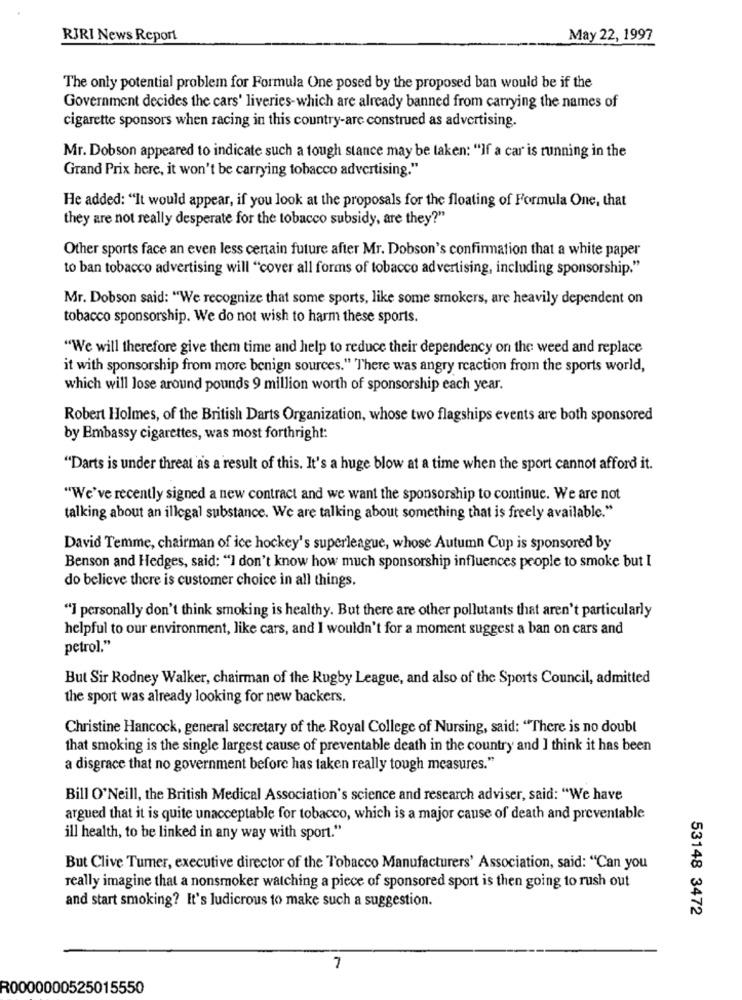
RIRI News Report
May 22, 1997
The only potential problem for Formula One posed by the proposed ban would be if the
Government decides the cars' liveries-which are already banned from carrying the names of
cigarette sponsors when racing in this country-are construed as advertising.
Mr. Dobson appeared to indicate such a tough stance may be taken: "If a car is running in the
Grand Prix here, it won't be carrying tobacco advertising."
He added: "It would appear, if you look at the proposals for the floating of Formula One, that
they are not really desperate for the tobacco subsidy, are they?"
Other sports face an even less certain future after Mr. Dobson's confirmation that a white paper
to ban tobacco advertising will "cover all forms of tobacco advertising, including sponsorship."
Mr. Dobson said: "We recognize that some sports, like some smokers, are heavily dependent on
tobacco sponsorship. We do not wish to harm these sports.
"We will therefore give them time and help to reduce their dependency on the weed and replace
it with sponsorship from more benign sources." There was angry reaction from the sports world,
which will lose around pounds 9 million worth of sponsorship each year.
Robert Holmes, of the British Darts Organization, whose two flagships events are both sponsored
by Embassy cigarettes, was most forthright:
"Darts is under threat as a result of this. It's a huge blow at a time when the sport cannot afford it.
"We've recently signed a new contract and we want the sponsorship to continue. We are not
talking about an illegal substance. We are talking about something that is freely available."
David Temme, chairman of ice hockey's superleague, whose Autumn Cup is sponsored by
Benson and Hedges, said: "I don't know how much sponsorship influences people to smoke but I
do believe there is customer choice in all things.
"] personally don't think smoking is healthy. But there are other pollutants that aren't particularly
helpful to our environment, like cars, and I wouldn't for a moment suggest a ban on cars and
petrol."
But Sir Rodney Walker, chairman of the Rugby League, and also of the Sports Council, admitted
the sport was already looking for new backers.
Christine Hancock, general secretary of the Royal College of Nursing, said: "There is no doubt
that smoking is the single largest cause of preventable death in the country and I think it has been
a disgrace that no government before has taken really tough measures."
Bill O'Neill, the British Medical Association's science and research adviser, said: "We have
argued that it is quite unacceptable for tobacco, which is a major cause of death and preventable
ill health, to be linked in any way with sport."
But Clive Turner, executive director of the Tobacco Manufacturers' Association, said: "Can you
really imagine that a nonsmoker watching a piece of sponsored sport is then going to rush out
and start smoking? It's ludicrous to make such a suggestion.
53148 3472
7
R0000000525015550